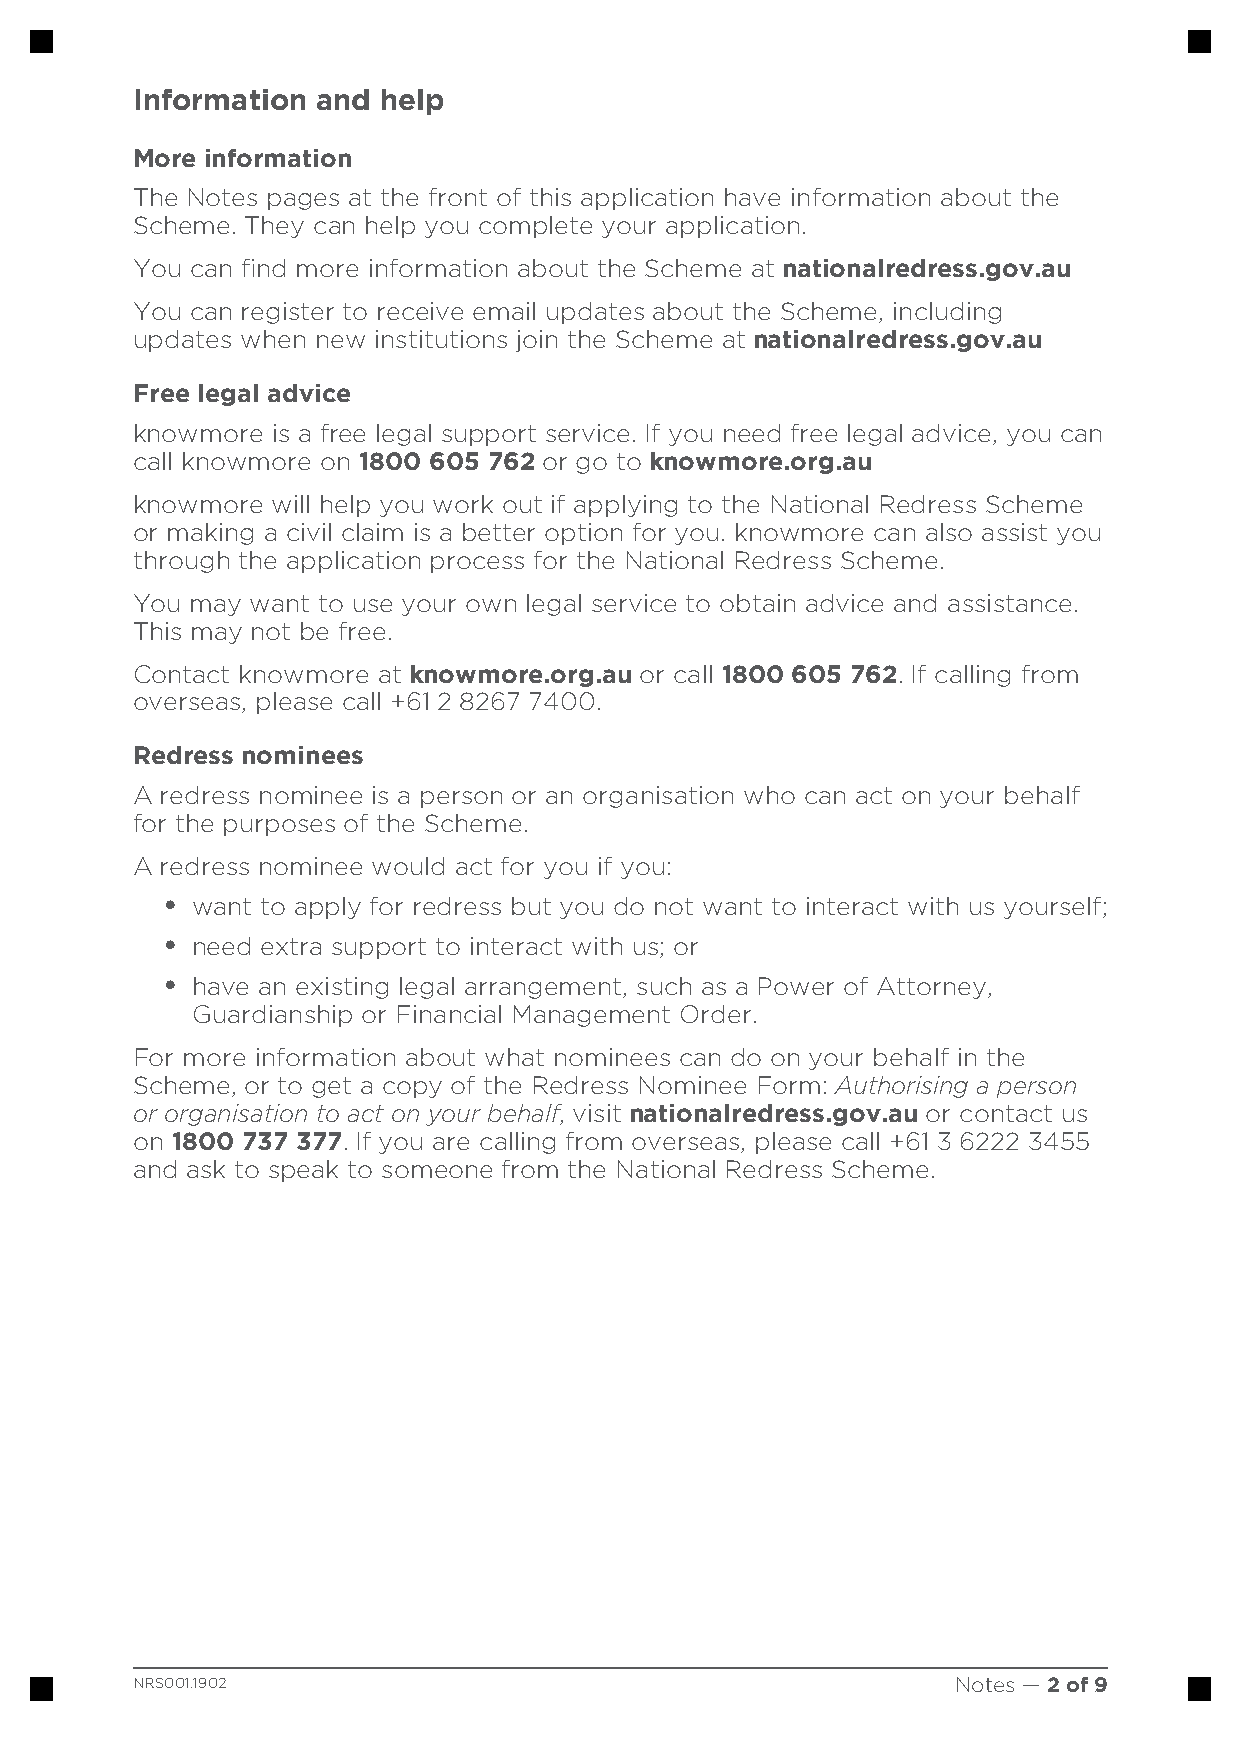
Information and help
 More information
 The Notes pages at the front of this application have information about the
 Scheme. They can help you complete your application.
 You can find more information about the Scheme at nationalredress.gov.au
 www.
 You can register to receive email updates about the Scheme, including
 updates when new institutions join the Scheme at nationalredress.gov.au
 www.
 Free legal advice
 knowmore is a free legal support service. If you need free legal advice, you can
 call knowmore on 1800 605 762 or go to knowmore.org.au
 www.
 knowmore will help you work out if applying to the National Redress Scheme
 or making a civil claim is a better option for you. knowmore can also assist you
 through the application process for the National Redress Scheme.
 You may want to use your own legal service to obtain advice and assistance.
 This may not be free.
 Contact knowmore at knowmore.org.au or call 1800 605 762. If calling from
 www.
 overseas, please call +61 2 8267 7400.
 Redress nominees
 A redress nominee is a person or an organisation who can act on your behalf
 for the purposes of the Scheme.
 A redress nominee would act for you if you:
 • want to apply for redress but you do not want to interact with us yourself;
 • need extra support to interact with us; or
 • have an existing legal arrangement, such as a Power of Attorney,
 Guardianship or Financial Management Order.
 For more information about what nominees can do on your behalf in the
 Scheme, or to get a copy of the Redress Nominee Form: Authorising a person
 or organisation to act on your behalf, visit nationalredress.gov.au or contact us
 www.
 on 1800 737 377. If you are calling from overseas, please call +61 3 6222 3455
 and ask to speak to someone from the National Redress Scheme.
 NRS001.1902                                           Notes — 2 of 9